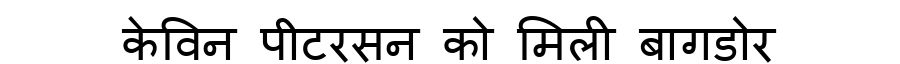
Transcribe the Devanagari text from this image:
केविन पीटरसन को मिली बागडोर